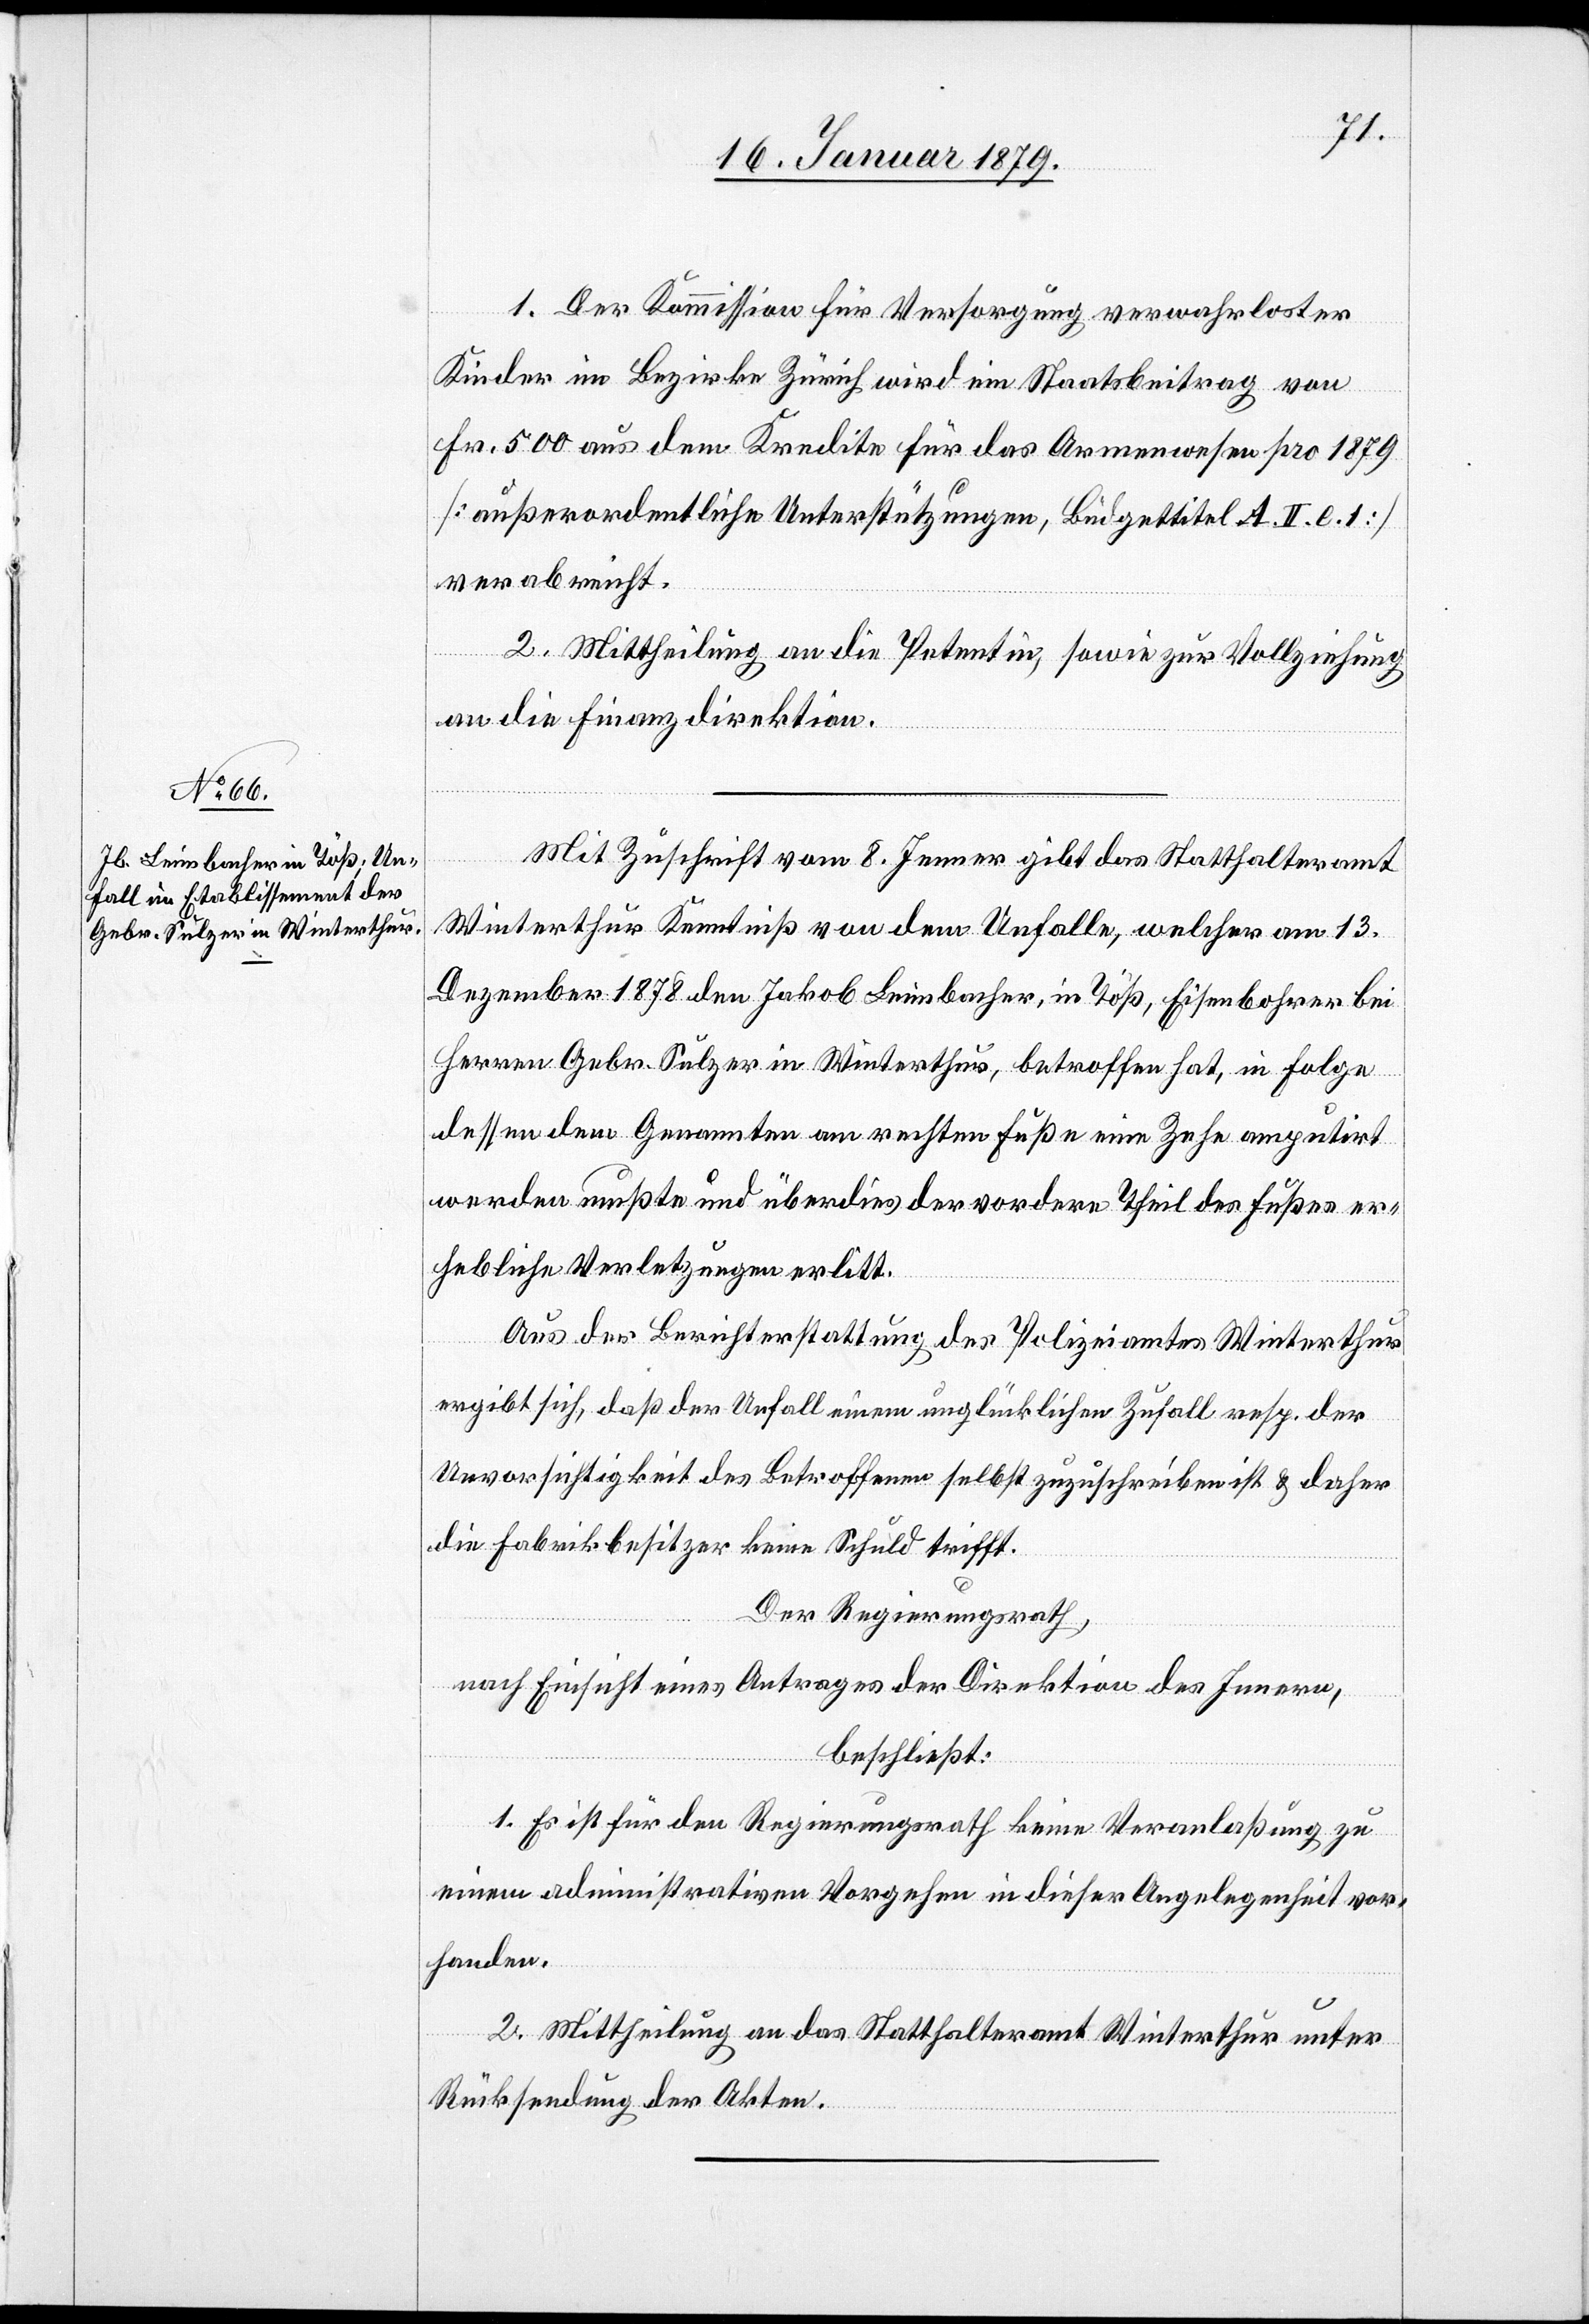
1. Der Kommission für Versorgung verwahrloster
Kinder im Bezirk Zürich wird ein Staatsbeitrag von
Fr. 500 aus dem Kredite für das Armenwesen pro 1879
[außerordentliche Unterstützungen, Büdgettitel A. II. c. 1]
verabreicht.
2. Mittheilung an die Petentin, sowie zur Vollziehung
an die Finanzdirektion.
Mit Zuschrift vom 8. Jenner gibt das Statthalteramt
Winterthur Kenntniß von dem Unfalle, welcher am 13.
Dezember 1878 den Jakob Leimbacher, in Töß, Eisenbohrer bei
Herren Gebr. Sulzer in Winterthur, betroffen hat, in Folge
dessen dem Genannten am rechten Fuße eine Zehe amputirt
werden mußte und überdies der vordere Theil des Fußes er¬
hebliche Verletzungen erlitt.
Aus der Berichterstattung des Polizeiamtes Winterthur
ergibt sich, daß der Unfall einem unglücklichen Zufall resp. der
Unvorsichtigkeit des Betroffenen selbst zuzuschreiben ist & daher
die Fabrikbesitzer keine Schuld trifft.
Der Regierungsrath,
nach Einsicht eines Antrages der Direktion des Innern,
beschließt:
1. Es ist für den Regierungsrath keine Veranlaßung zu
einem administrativen Vorgehen in dieser Angelegenheit vor¬
handen.
2. Mittheilung an das Statthalteramt Winterthur unter
Rücksendung der Akten.